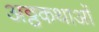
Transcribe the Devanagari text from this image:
अठ्ठकथाओं